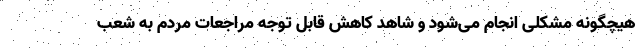
هیچگونه مشکلی انجام می‌شود و شاهد کاهش قابل توجه مراجعات مردم به شعب